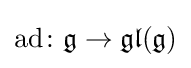
\operatorname {ad} \colon {\mathfrak {g}}\to {\mathfrak {gl}}({\mathfrak {g}})